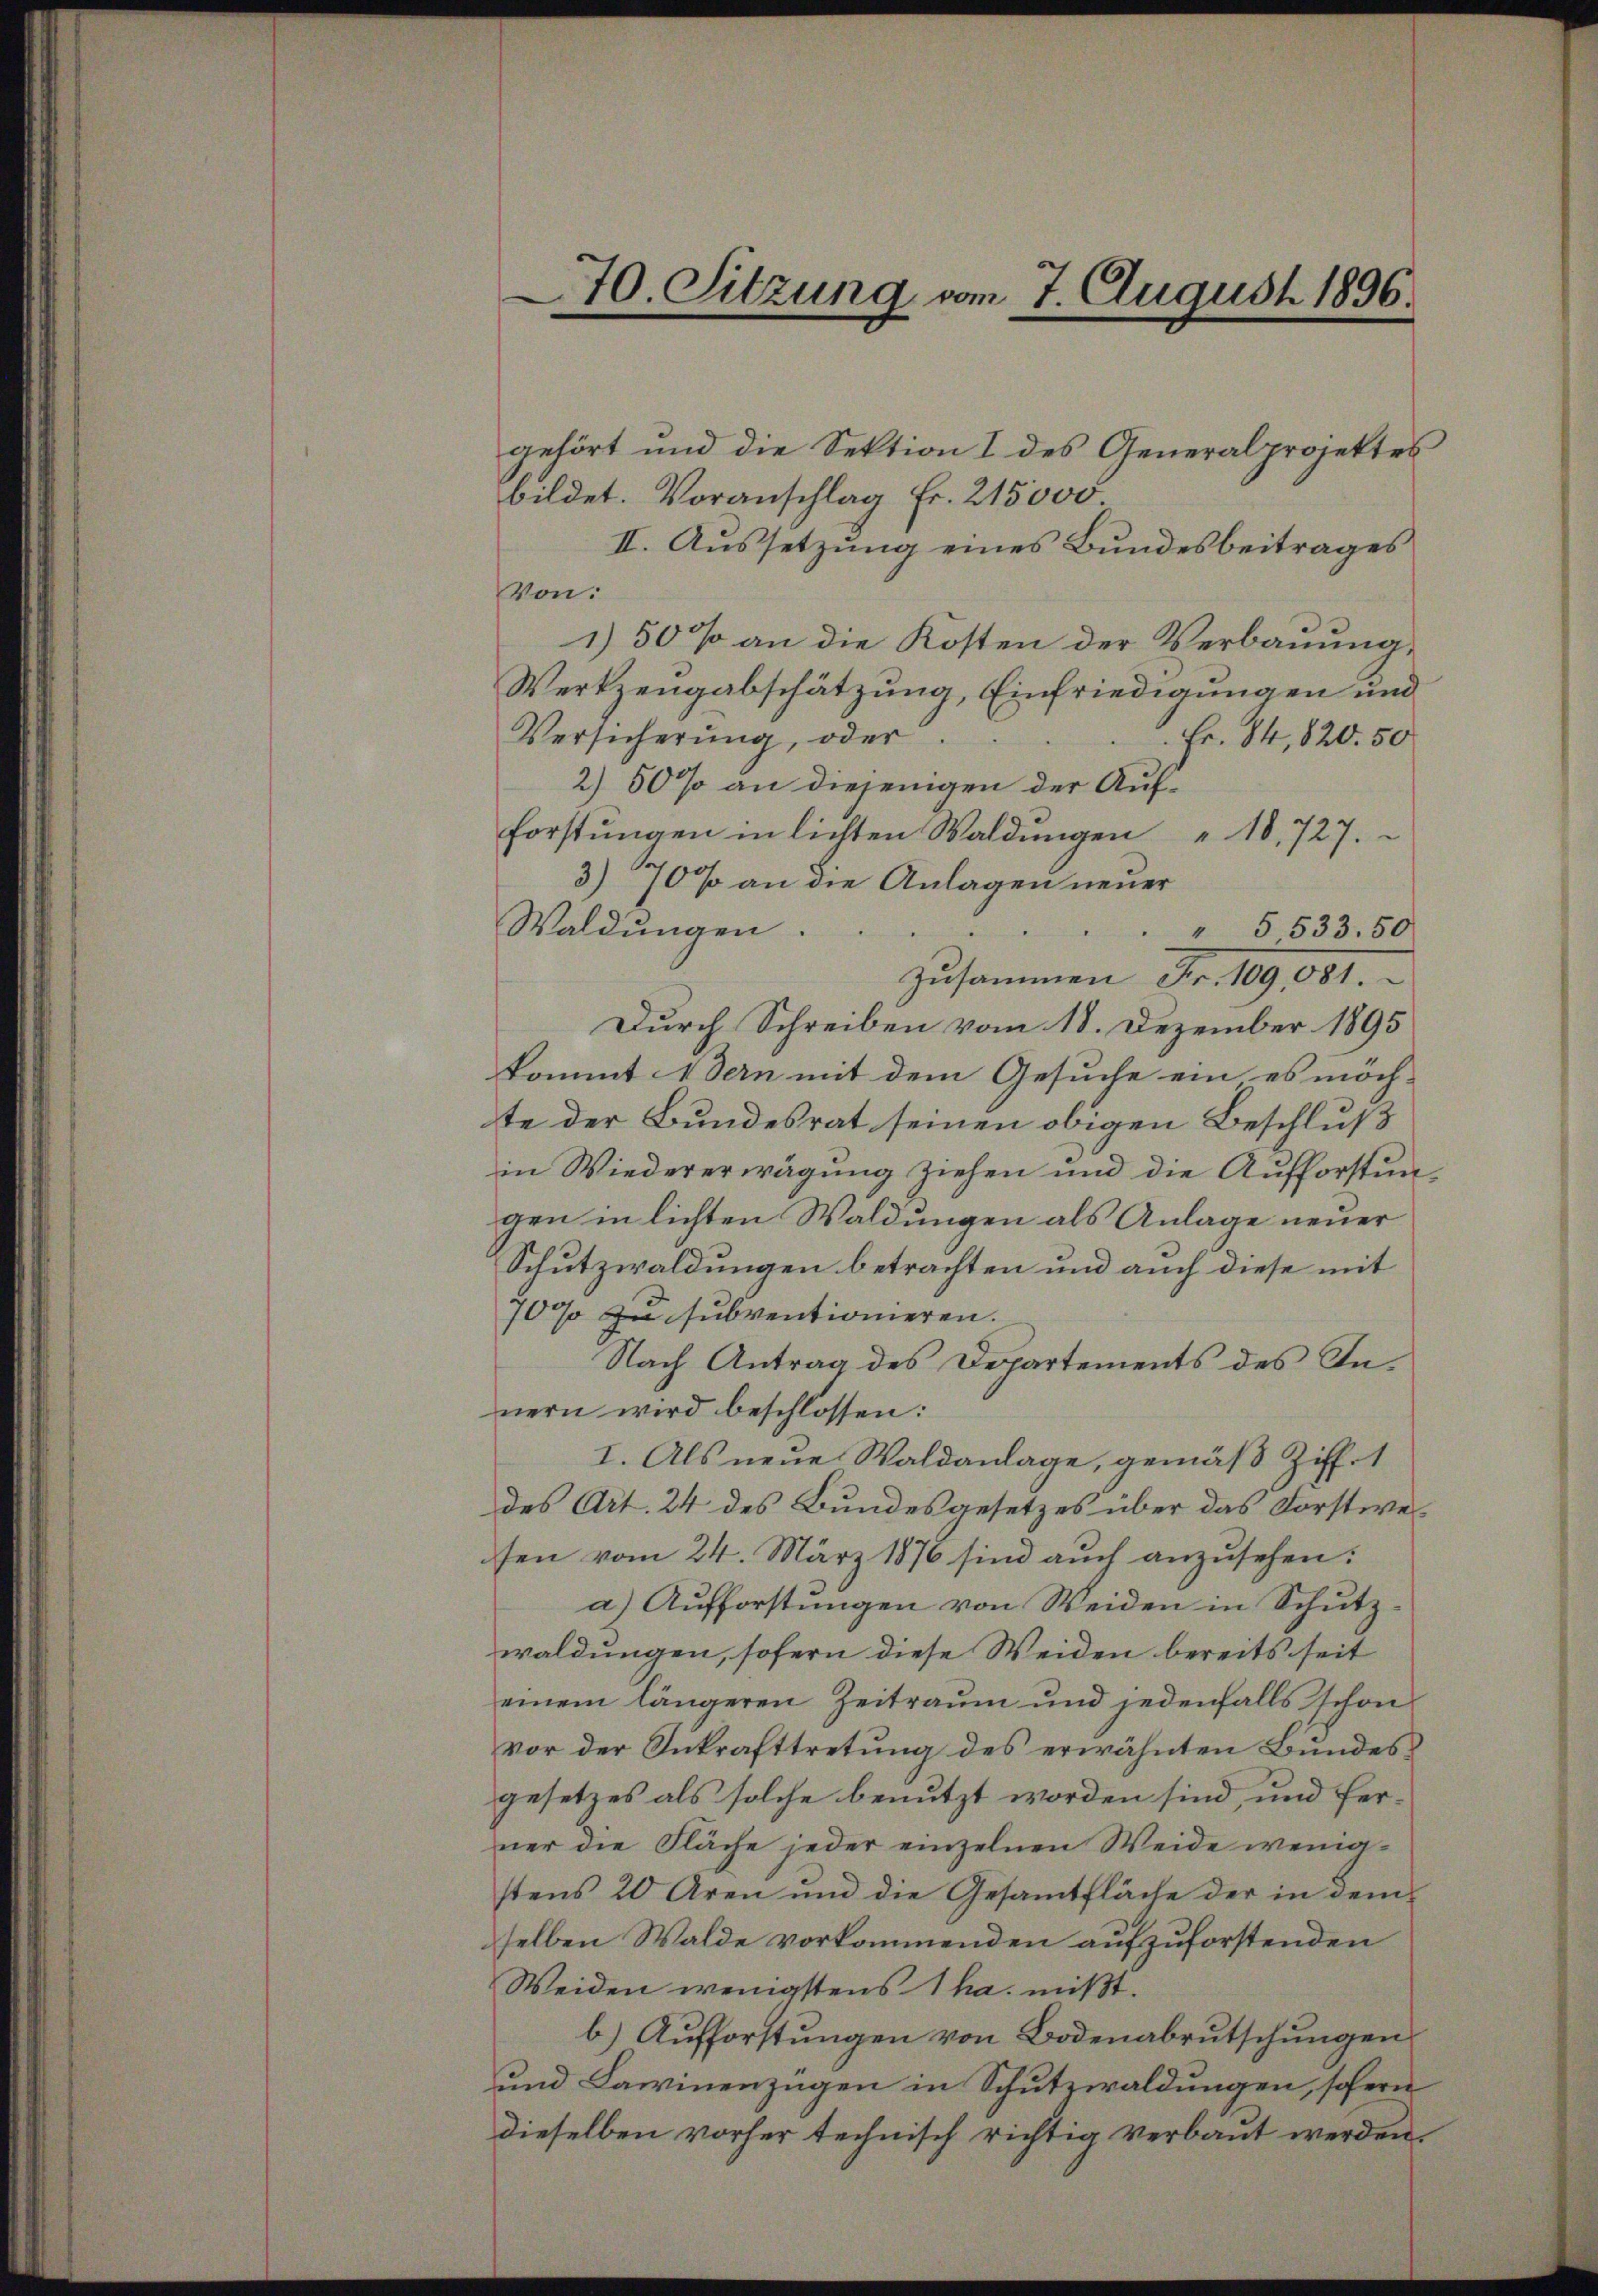
70. Sitzung vom 7. August 1896.
e

gehört und die Sektion I des Generalprojektes
bildet. Voranschlag Fr. 215,000
II. Aussetzung eines Bundesbeitrages
Von:
1) 50% an die Kosten der Verbauung,
Werkzengabschätzung, Einfriedigungen und
Versicherŭng, oder
Fr. 84, 820. 50
2)50% an diejenigen der Aufforstŭngen in lichten Waldungen " 10,727.
3) 70 % an die Anlagen neuer
Waldungen.
" § 533. 50
zusammen Fr. 109, 051.
Durch Schreiben vom 18. Dezember 1895
kommt Bern mit dem Gesuche ein es möch-
te der Bundesrat seinen obigen Beschluß
in Wiedererwägung ziehen und die Aufforstungen in lichten Waldungen als Anlage neuer
Schutzwaldungen betrachten und auch diese mit
70% zu subventionieren.
Nach Antrag des Departements des Innern wird beschlossen:
I. Als neue Waldanlage, gemäß Ziff. 1
des Art. 24 des Bundesgesetzes über das Forstweisen vom 24. März 1876 sind auch anzusehen:
a) Aufforstungen von Weiden in Schutzwaldungen, sofern diese Weiden bereits seit
einem längeren Zeitraum und jedenfalls schon
vor der Inkrafttretung des erwähnten Bundesgesetzes als solche benutzt worden sind, und ferner die Fläche jeder einzelnen Weide wenigstens 20 Aren und die Gesammtfläche der in demselben Walde vorkommenden aufzuforstenden
Weiden wenigstens 1 ha mißt.
b) Aufforstungen von Bodenabrutschungen
und Lawinenzügen in Schutzwaldungen, sofern
dieselben vorher technisch richtig verbaut werden.